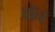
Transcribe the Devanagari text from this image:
वॉव